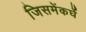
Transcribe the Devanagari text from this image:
जिसमेंकर्घे